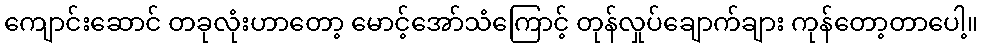
ကျောင်းဆောင် တခုလုံးဟာတော့ မောင့်အော်သံကြောင့် တုန်လှုပ်ချောက်ချား ကုန်တော့တာပေါ့။